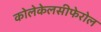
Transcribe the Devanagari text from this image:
कोलेकेलसीफेरोल